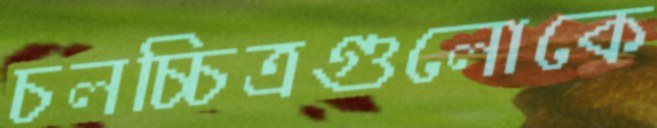
চলচ্চিত্রগুলোকে